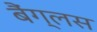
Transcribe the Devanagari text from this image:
बैंग्लस